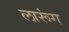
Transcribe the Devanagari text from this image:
लारूंग